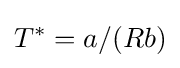
T^{*}=a/(Rb)